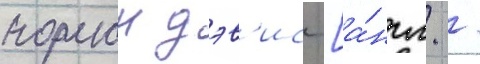
норман дэв'ис [а́нгл. /